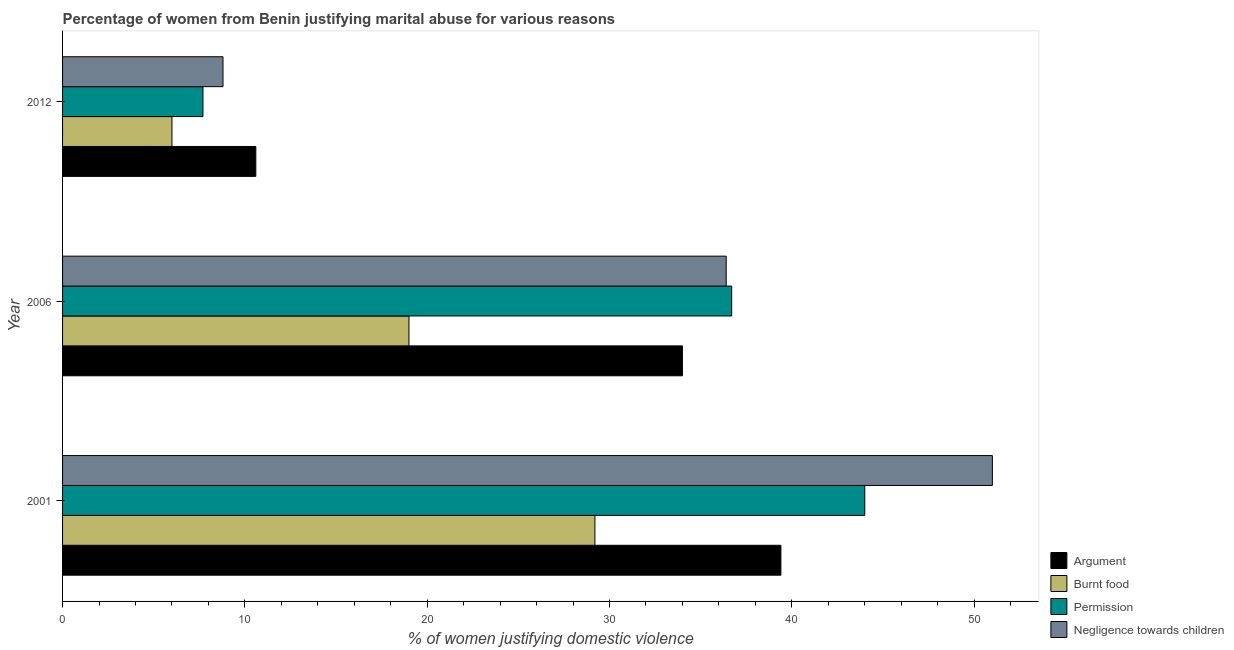
| Year | Argument | Burnt food | Permission | Negligence towards children |
 | --- | --- | --- | --- | --- |
 | 2001 | 39.4 | 29.2 | 44 | 51 |
 | 2006 | 34 | 19 | 36.7 | 36.4 |
 | 2012 | 10.6 | 6 | 7.7 | 8.8 |